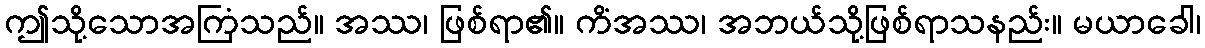
ဤသို့သောအကြံသည်။ အဿ၊ ဖြစ်ရာ၏။ ကိံအဿ၊ အဘယ်သို့ဖြစ်ရာသနည်း။ မယာခေါ၊